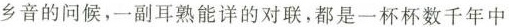
乡音的问候，一副耳熟能详的对联，都是一杯杯数千年中